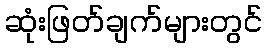
ဆုံးဖြတ်ချက်များတွင်